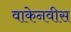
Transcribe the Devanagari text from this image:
वाकेनवीस